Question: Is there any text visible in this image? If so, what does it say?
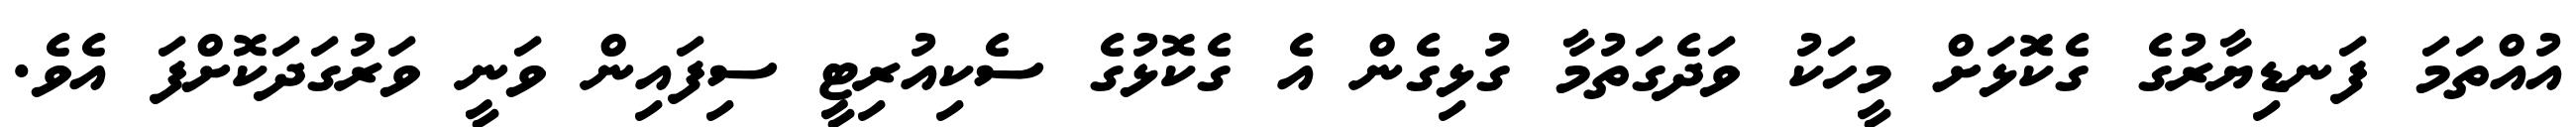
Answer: އުއްތަމަ ފަނޑިޔާރުގެ ގެކޮަޅަށް މީހަކު ވަދެގަތުމާ ގުޅިގެން އެ ގެކޮޅުގެ ސެކިއުރިޓީ ސިފައިން ވަނީ ވަރުގަދަކޮށްފަ އެވެ.